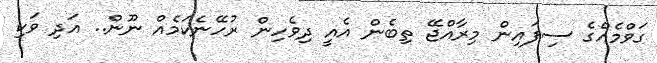
ގަވްމެއްގެ ސިފައިން މިރާއްޖޭ ތިބެން އެއީ ދިވެހިން ރުހޭނެކަމެއް ނޫން.. އަދި ވަކި